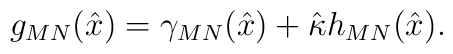
g_{MN}(\hat{x})= \gamma_{MN}(\hat{x}) + \hat \kappa h_{MN}(\hat{x}).